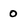
Character: 0